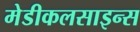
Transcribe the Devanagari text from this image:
मेडीकलसाइन्स